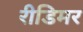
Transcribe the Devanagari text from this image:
रीडिमर